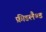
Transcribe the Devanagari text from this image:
फ्रीडलैण्ड